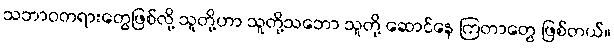
သဘာဝတရားတွေဖြစ်လို့ သူတို့ဟာ သူတို့သဘော သူတို့ ဆောင်နေ ကြတာတွေ ဖြစ်တယ်။